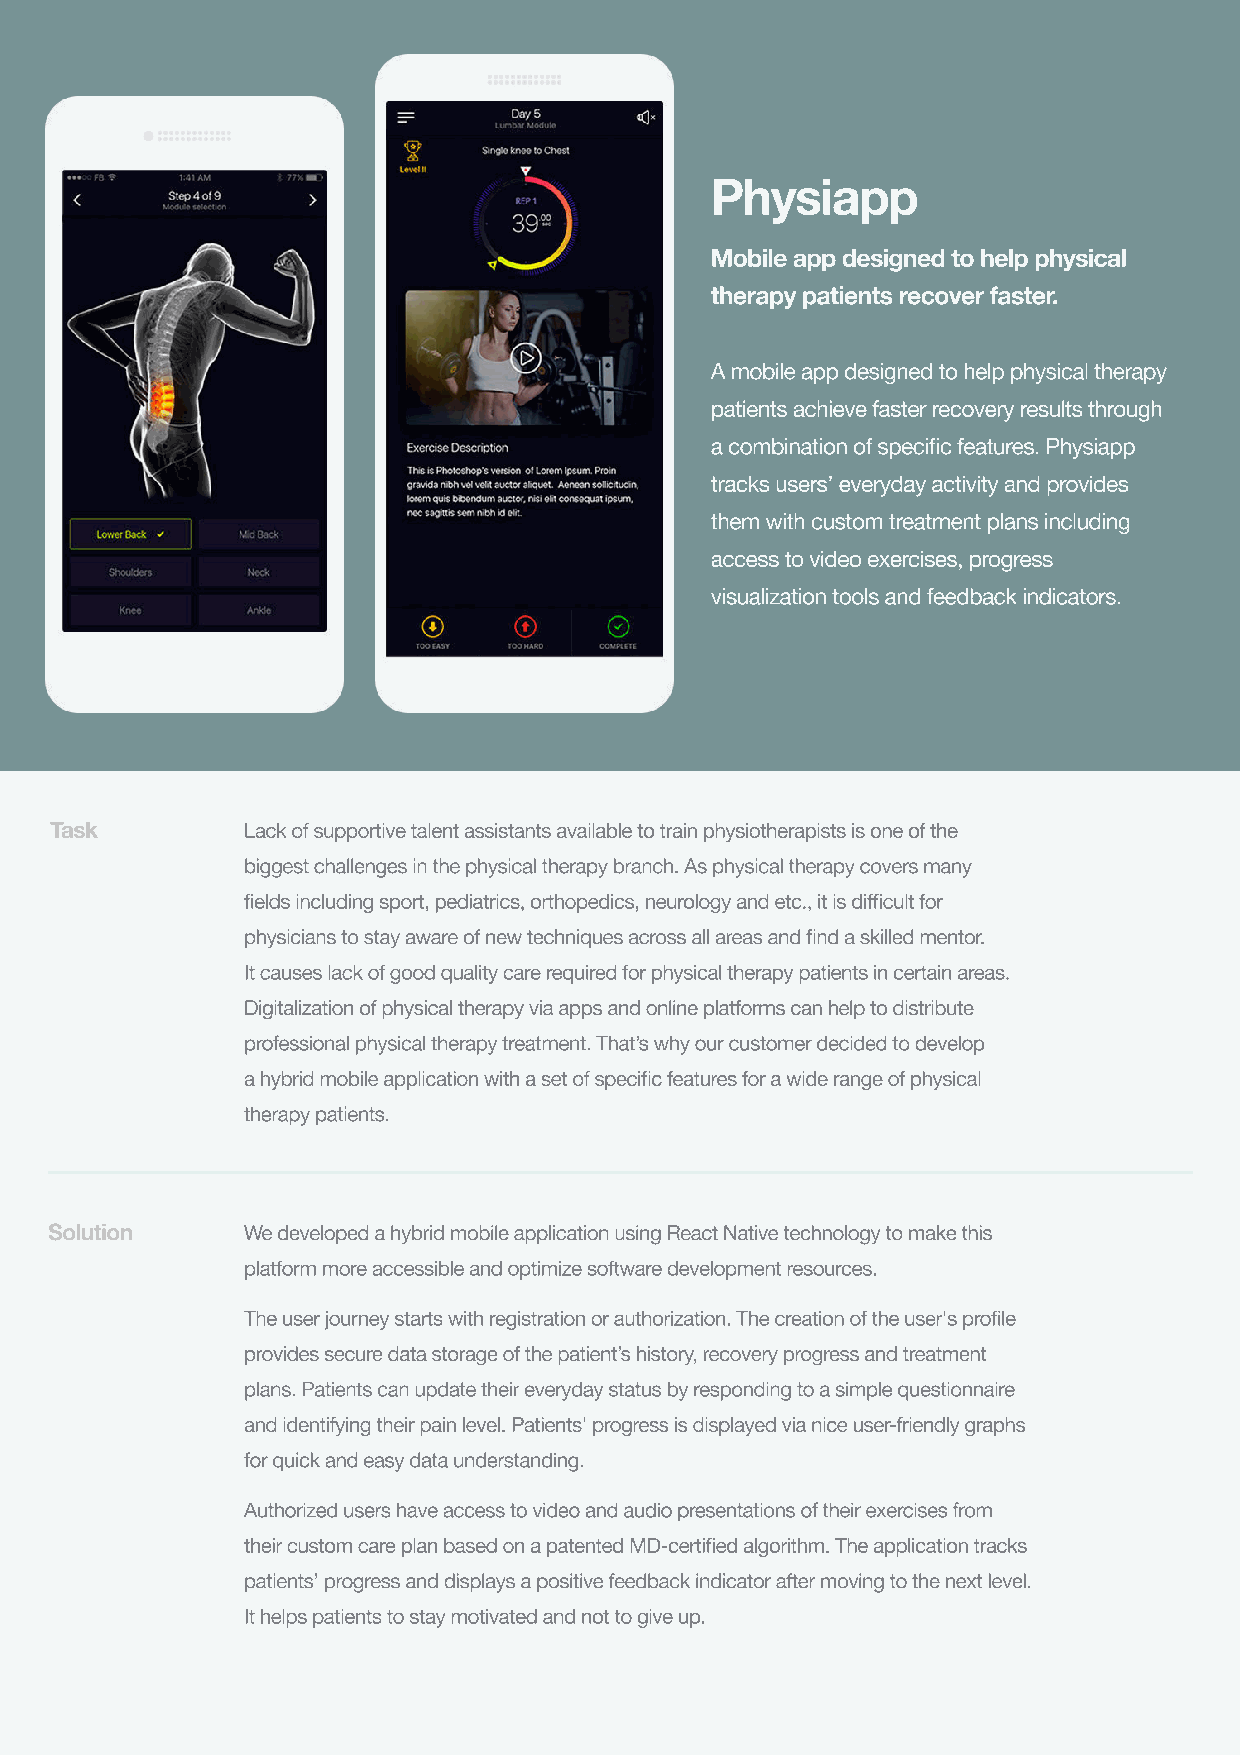
Physiapp
 Mobile app designed to help physical
 therapy patients recover faster.
 A mobile app designed to help physical therapy
 patients achieve faster recovery results through
 a combination of specific features. Physiapp
 tracks users’ everyday activity and provides
 them with custom treatment plans including
 access to video exercises, progress
 visualization tools and feedback indicators.
 Task         Lack of supportive talent assistants available to train physiotherapists is one of the
 biggest challenges in the physical therapy branch. As physical therapy covers many
 fields including sport, pediatrics, orthopedics, neurology and etc., it is difficult for
 physicians to stay aware of new techniques across all areas and find a skilled mentor.
 It causes lack of good quality care required for physical therapy patients in certain areas.
 Digitalization of physical therapy via apps and online platforms can help to distribute
 professional physical therapy treatment. That’s why our customer decided to develop
 a hybrid mobile application with a set of specific features for a wide range of physical
 therapy patients.
 Solution     We developed a hybrid mobile application using React Native technology to make this
 platform more accessible and optimize software development resources.
 The user journey starts with registration or authorization. The creation of the user's profile
 provides secure data storage of the patient’s history, recovery progress and treatment
 plans. Patients can update their everyday status by responding to a simple questionnaire
 and identifying their pain level. Patients' progress is displayed via nice user-friendly graphs
 for quick and easy data understanding.
 Authorized users have access to video and audio presentations of their exercises from
 their custom care plan based on a patented MD-certified algorithm. The application tracks
 patients’ progress and displays a positive feedback indicator after moving to the next level.
 It helps patients to stay motivated and not to give up.